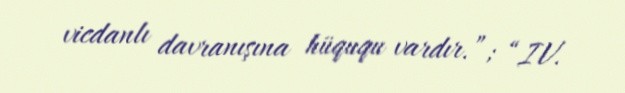
vicdanlı davranışına hüququ vardır.”; “IV.